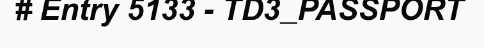
# Entry 5133 - TD3_PASSPORT